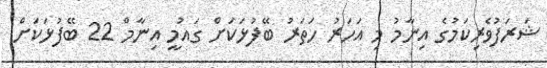
ޝަރަފުވެރިކަމުގެ އިނާމު މި އަހަރު ހަތަރު ބޭފުޅަކަށް ގައުމީ އިނާމް 22 ބޭފުޅަކަށް